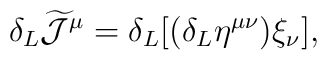
\delta_{L} \widetilde{\cal J}^{\mu} = \delta_{L} [(\delta_{L}\eta^{\mu\nu}) \xi_{\nu}],